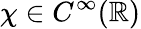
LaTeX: \chi\in C^{\infty}(\mathbb{R})